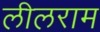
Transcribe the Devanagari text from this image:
लीलराम